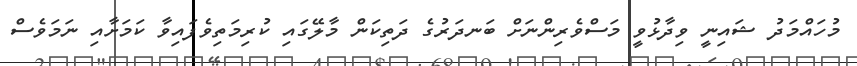
މުހައްމަދު ޝައިނީ ވިދާޅުވީ މަސްވެރިންނަށް ބަނދަރުގެ ދަތިކަން މާލޭގައި ކުރިމަތިވެފައިވާ ކަމަށާއި ނަމަވެސް